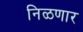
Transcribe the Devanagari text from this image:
निळणार